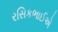
રસિકભાઈએ